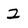
Character: 2